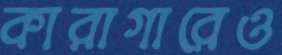
কারাগারেও